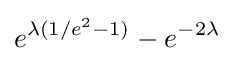
e^{\lambda (1/e^{2}-1)}-e^{-2\lambda }